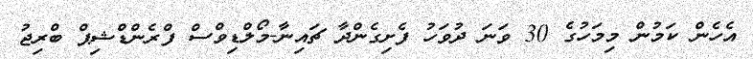
އެހެން ކަމުން މިމަހުގެ 30 ވަނަ ދުވަހު ފެށިގެންދާ ޗައިނާ-މޯލްޑިވްސް ފްރެންޑްޝިޕް ބްރިޖު